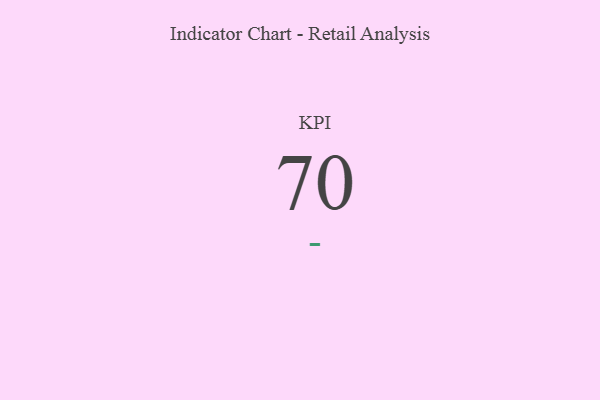
{"axis": {"x": "KPI", "y": "Value"}, "legend": [""], "data": [{"x": "KPI", "y": 70, "type": ""}]}